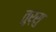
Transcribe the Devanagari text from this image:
तुर्सु